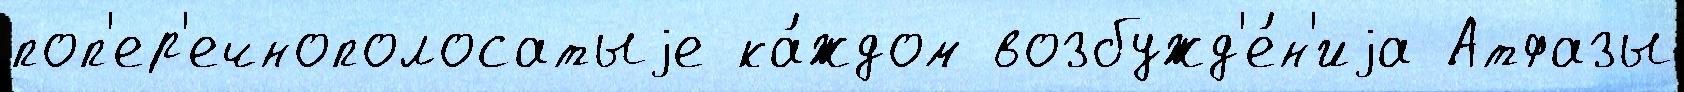
поп'ер'ечнополосатыjе ка́ждом возбужд'е́н'иjа Атфазы